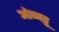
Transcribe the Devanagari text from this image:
ओब्बट्टू